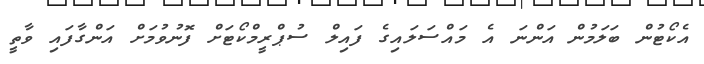
އެކޯޓުން ބަލަމުން އަންނަ އެ މައްސަލައިގެ ފައިލް ސުޕްރީމްކޯޓަށް ފޮނުވުމަށް އަންގާފައި ވާތީ